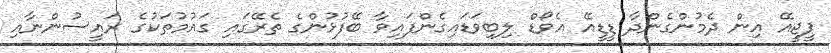
ޕީޖީއޭ އިން ދެމުންގެންދާ ޑީޑީއޭ އެވޯޑް ލިބިވަޑައިގެންފައިވާ ބޭފުޅުންގެ ތެރޭގައި ގައުމުތަކުގެ ރައީސުންނާއި